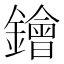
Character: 𨭗